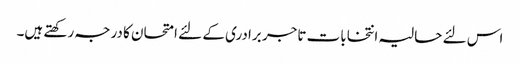
اس لئے حالیہ انتخابات تاجر برادری کے لئے امتحان کا درجہ رکھتے ہیں۔